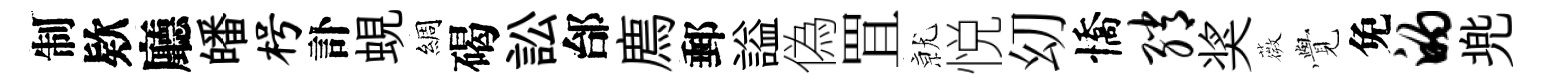
制欵廳皤枵訃蜆綢碣訟邰廌郵謚偽罝𭕒悦㓜憍绡奖薇𮗜免的兠